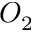
O _ { 2 }